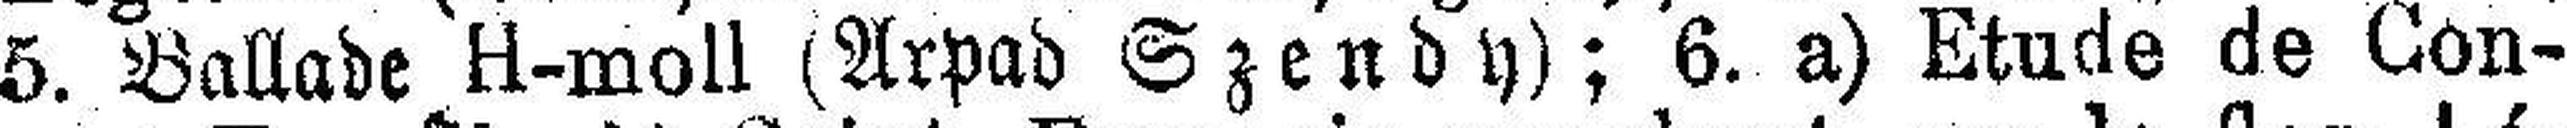
5. Ballade H-moll (Arpad Szendy); 6. a) Etude de Con¬